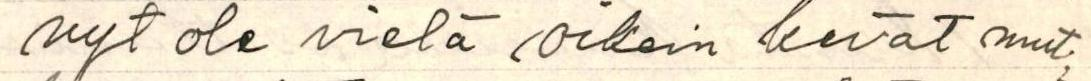
nyt ole vielä oikein kevät mut-